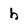
Character: h